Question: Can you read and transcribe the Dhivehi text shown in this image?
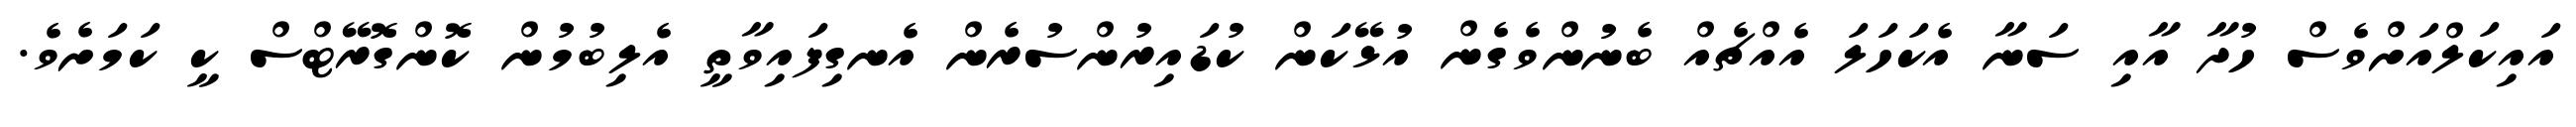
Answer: އައިކަލްއަށްވެސް ހުދާ އާއި ސަނާ އެކަހަލަ އެއްޗެއް ބެނުންވެގެން އުޅޭކަން ކުޑައިރުންސުރެން އެނގިފައިވާތީ އެލިބުމުން ކޮންގޮރޭޓްސް ކީ ކަމަށެވެ.